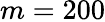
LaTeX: m=200